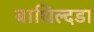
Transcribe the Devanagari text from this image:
बाथिल्दडा